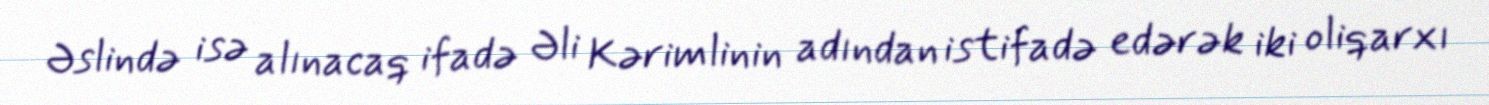
Əslində isə alınacaq ifadə Əli Kərimlinin adından istifadə edərək iki oliqarxı